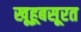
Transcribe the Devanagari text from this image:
खूहूबसूरत